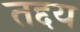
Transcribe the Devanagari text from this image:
तद्दय